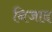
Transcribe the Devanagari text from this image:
निजाद